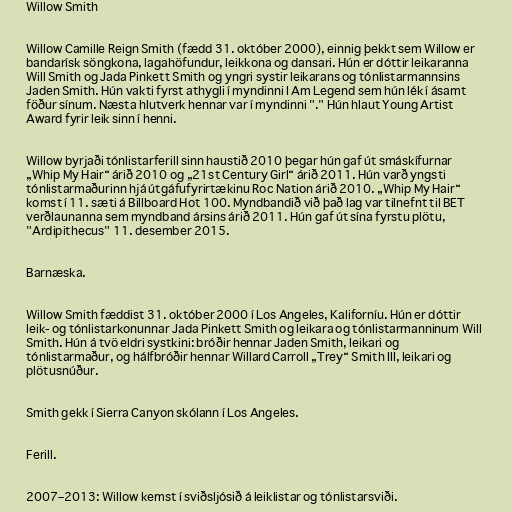
Willow Smith

Willow Camille Reign Smith (fædd 31. október 2000), einnig þekkt sem Willow er
bandarísk söngkona, lagahöfundur, leikkona og dansari. Hún er dóttir leikaranna
Will Smith og Jada Pinkett Smith og yngri systir leikarans og tónlistarmannsins
Jaden Smith. Hún vakti fyrst athygli í myndinni I Am Legend sem hún lék í ásamt
föður sínum. Næsta hlutverk hennar var í myndinni "." Hún hlaut Young Artist
Award fyrir leik sinn í henni.

Willow byrjaði tónlistarferill sinn haustið 2010 þegar hún gaf út smáskífurnar
„Whip My Hair“ árið 2010 og „21st Century Girl“ árið 2011. Hún varð yngsti
tónlistarmaðurinn hjá útgáfufyrirtækinu Roc Nation árið 2010. „Whip My Hair“
komst í 11. sæti á Billboard Hot 100. Myndbandið við það lag var tilnefnt til BET
verðlaunanna sem myndband ársins árið 2011. Hún gaf út sína fyrstu plötu,
"Ardipithecus" 11. desember 2015.

Barnæska.

Willow Smith fæddist 31. október 2000 í Los Angeles, Kaliforníu. Hún er dóttir
leik- og tónlistarkonunnar Jada Pinkett Smith og leikara og tónlistarmanninum Will
Smith. Hún á tvö eldri systkini: bróðir hennar Jaden Smith, leikari og
tónlistarmaður, og hálfbróðir hennar Willard Carroll „Trey“ Smith III, leikari og
plötusnúður.

Smith gekk í Sierra Canyon skólann í Los Angeles.

Ferill.

2007–2013: Willow kemst í sviðsljósið á leiklistar og tónlistarsviði.